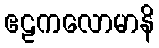
ဧဠကလောမာနိ